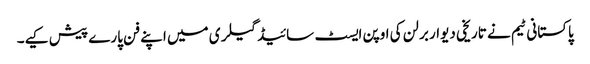
پاکستانی ٹیم نے تاریخی دیوار برلن کی اوپن ایسٹ سائیڈ گیلری میں اپنے فن پارے پیش کیے۔